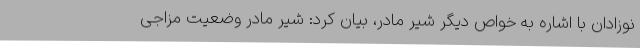
نوزادان با اشاره به خواص دیگر شیر مادر، بیان کرد: شیر مادر وضعیت مزاجی